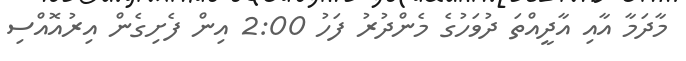
މާދަމާ އާއި އާދީއްތަ ދުވަހުގެ މެންދުރު ފަހު 2:00 އިން ފެށިގެން އިރުއޮއްސި